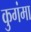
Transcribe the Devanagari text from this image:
कुगंमा